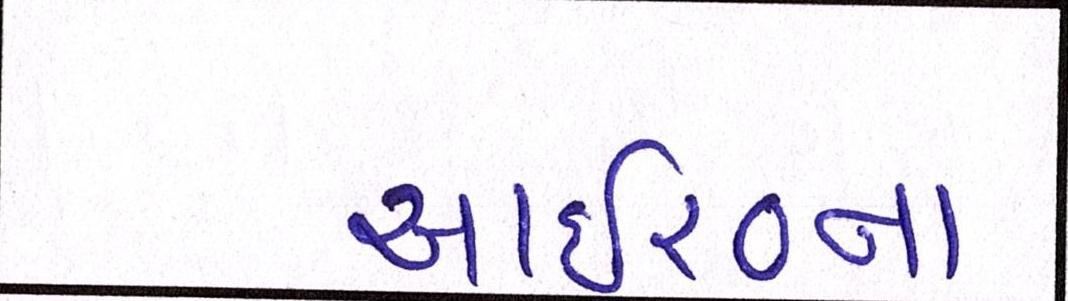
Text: આઇ૨૦નાં